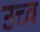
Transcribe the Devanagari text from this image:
उच्व